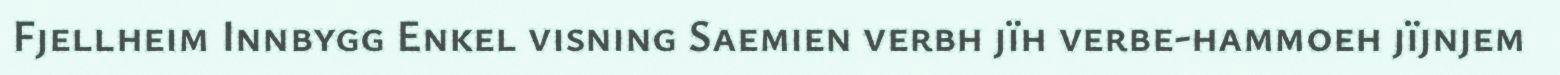
Fjellheim Innbygg Enkel visning Saemien verbh jïh verbe-hammoeh jïjnjem